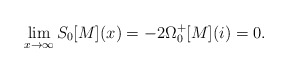
\begin{align*} \lim\limits_{x \rightarrow \infty} S_{0}[M](x) = - 2 \Omega_{0}^{+}[M](i) = 0.\end{align*}